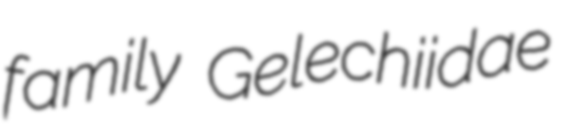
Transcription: family Gelechiidae